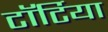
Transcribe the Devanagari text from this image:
टॉर्टिया